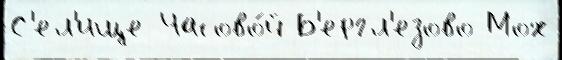
С'ел'ище Часово́й Б'ергл'езово Мох